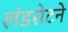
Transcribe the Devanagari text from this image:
लंडसेटने